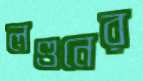
লণ্ডনের